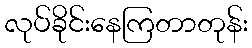
လုပ်ခိုင်းနေကြတာတုန်း